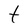
Character: t